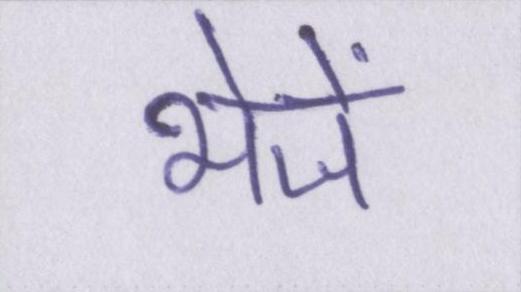
भेजें